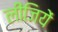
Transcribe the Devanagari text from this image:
लीजियें